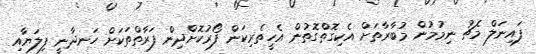
ފައިނަލް މެޗު ނިމުމުން މުބާރާތަށް އެކިގޮތްގޮތުން އެހީތެރިކަން ފޯރުކޮށްދިން ފަރާތްތަކަށް ހަނދާނީ ފިލަޔާއި